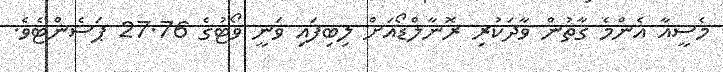
މެސީއާ އެންމެ ގާތުން ވާދަކުރި ރޮނާލްޑޯއަށް ލިބިފައި ވަނީ ވޯޓުގެ 27.76 ޕަސެންޓެވެ.